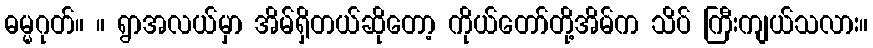
ဓမ္မဂုတ်။ ။ ရွာအလယ်မှာ အိမ်ရှိတယ်ဆိုတော့ ကိုယ်တော်တို့အိမ်က သိပ် ကြီးကျယ်သလား။